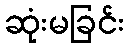
ဆုံးမခြင်း